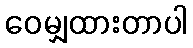
ဝေမျှထားတာပါ